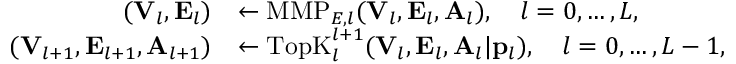
\begin{array} { r l } { ( { \bf V } _ { l } , { \bf E } _ { l } ) } & { \leftarrow \mathrm { M M P } _ { { \cal E } , l } ( { \bf V } _ { l } , { \bf E } _ { l } , { \bf A } _ { l } ) , \quad l = 0 , \ldots , L , } \\ { ( { \bf V } _ { l + 1 } , { \bf E } _ { l + 1 } , { \bf A } _ { l + 1 } ) } & { \leftarrow \mathrm { T o p K } _ { l } ^ { l + 1 } ( { \bf V } _ { l } , { \bf E } _ { l } , { \bf A } _ { l } | { \bf p } _ { l } ) , \quad l = 0 , \ldots , L - 1 , } \end{array}